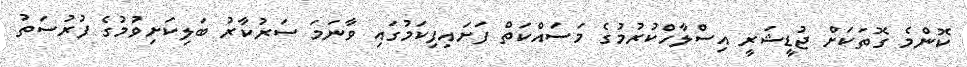
ކޮންމެ ގޮތަކަށް ޖުޑީޝަރީ އިސްލާހްކުރުމުގެ މަސައްކަތް ފަށައިފިކަމުގައި ވާނަމަ ސަރުކާރު ބަލިކަށިވުމުގެ ފުރުސަތު